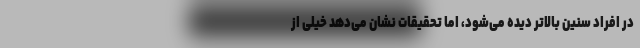
در افراد سنین بالاتر دیده می‌شود، اما تحقیقات نشان می‌دهد خیلی از